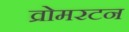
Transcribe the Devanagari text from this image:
व्रोमरटन